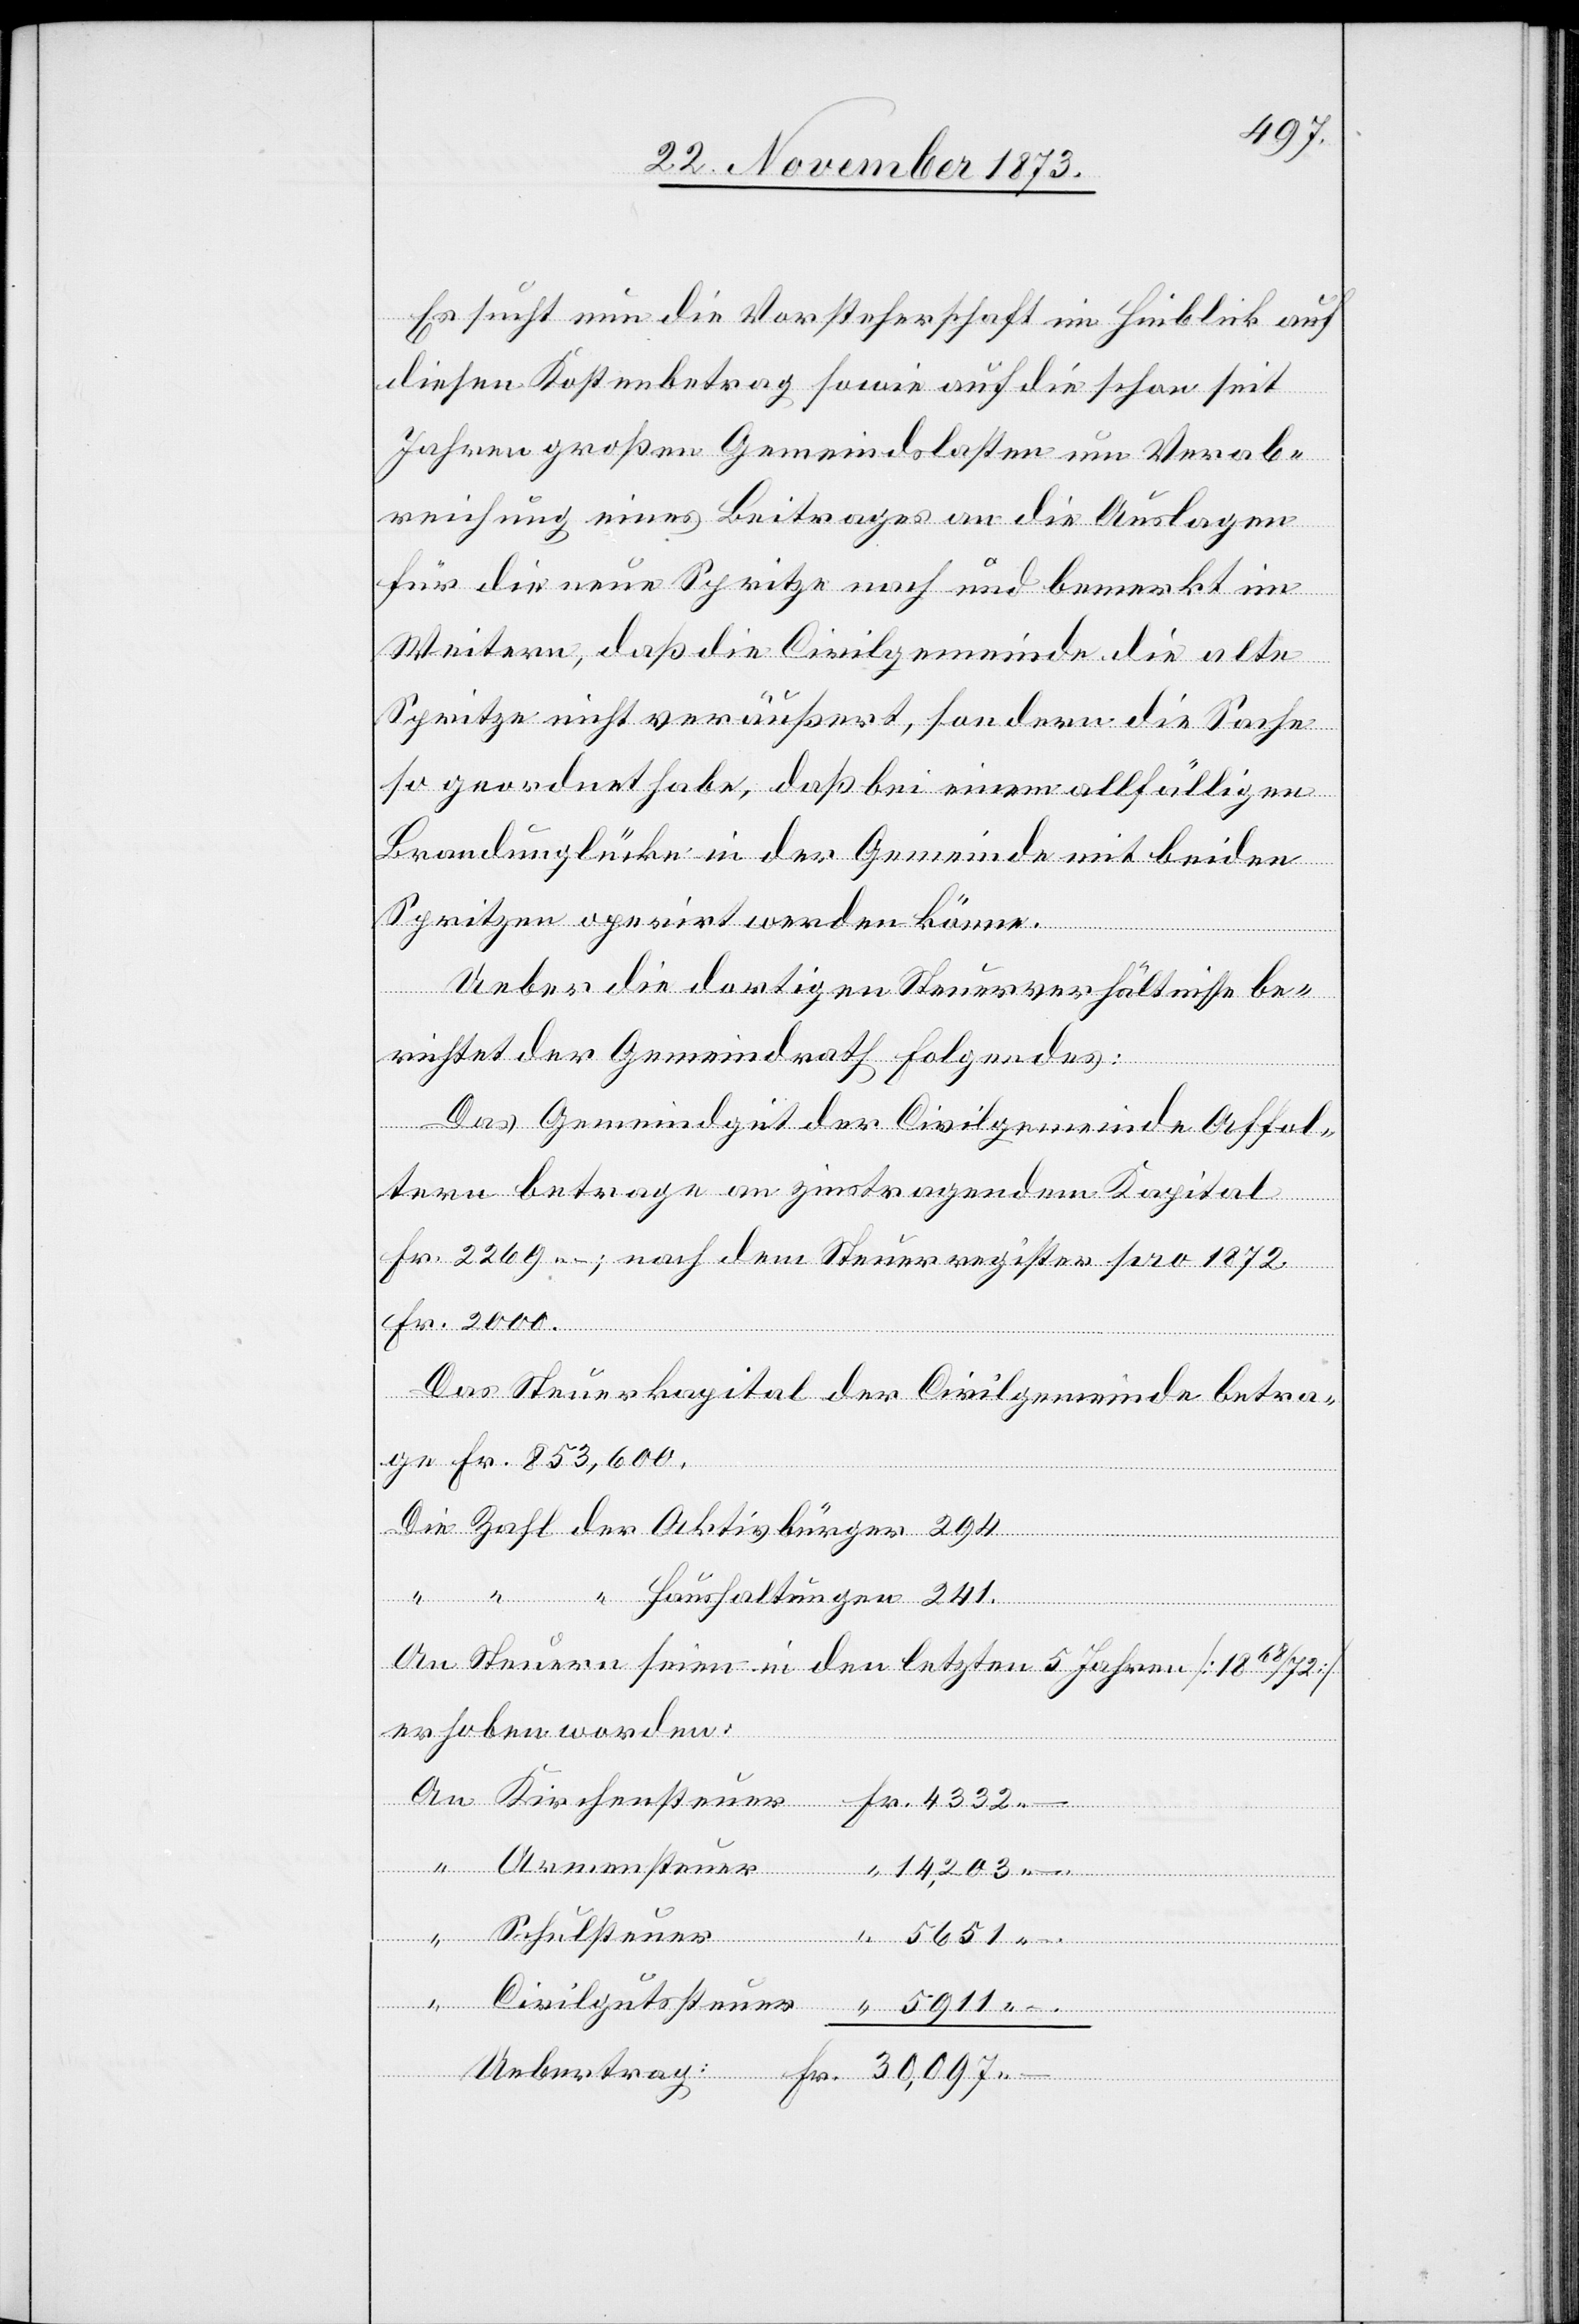
Es sucht nun die Vorsteherschaft im Hinblick auf
diesen Kostenbetrag sowie auf die schon seit
Jahren großen Gemeindslasten um Verab¬
reichung eines Beitrages an die Auslagen
für die neue Spritze nach und bemerkt im
Weitern, daß die Civilgemeinde die alte
Spritze nicht veräußert, sondern die Sache
so geordnet habe, daß bei einem allfälligen
Brandunglücke in der Gemeinde mit beiden
Spritzen operirt werden könne.
Ueber die dortigen Steuerverhältnisse be¬
richtet der Gemeindrath Folgendes:
Das Gemeindgut der Civilgemeinde Affol¬
tern betrage an zinstragendem Kapital
Fr. 2 269 –; nach dem Steuerregister pro 1872
Fr. 2 000.
Das Steuerkapital der Civilgemeinde betra¬
ge Fr. 853,600.
Die Zahl der Aktivbürger 294
“ “ “ Haushaltungen 241.
An Steuern seien in den letzten 5 Jahren [18 68/72]
erhoben worden:
Schulsteuer
Civilgut¬
ssteuer